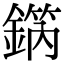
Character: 𨪗